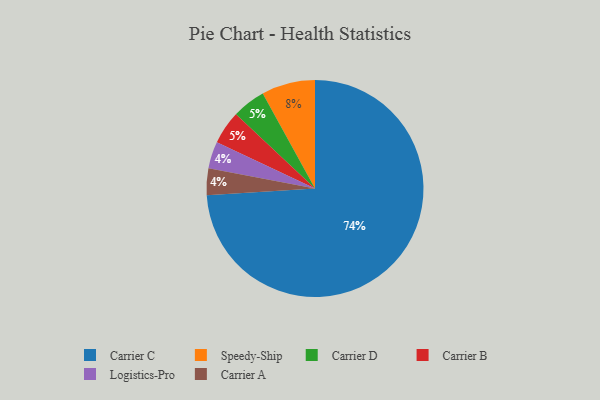
{"axis": {"x": "Category", "y": "Percentage"}, "legend": ["Carrier A", "Carrier B", "Carrier C", "Carrier D", "Logistics-Pro", "Speedy-Ship"], "data": [{"x": "Carrier D", "y": 5, "type": "Carrier D"}, {"x": "Logistics-Pro", "y": 4, "type": "Logistics-Pro"}, {"x": "Carrier C", "y": 74, "type": "Carrier C"}, {"x": "Carrier B", "y": 5, "type": "Carrier B"}, {"x": "Carrier A", "y": 4, "type": "Carrier A"}, {"x": "Speedy-Ship", "y": 8, "type": "Speedy-Ship"}]}